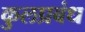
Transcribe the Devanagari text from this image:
कुलप्रबंध